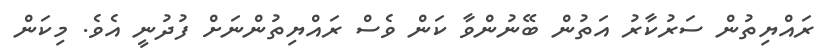
ރައްޔިތުން ސަރުކާރު އަތުން ބޭނުންވާ ކަން ވެސް ރައްޔިތުންނަށް ފުދުނީ އެވެ. މިކަން